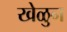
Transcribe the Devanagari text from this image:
खेळुन